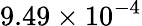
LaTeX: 9.49\times{{10}^{-4}}